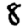
Digit: 8